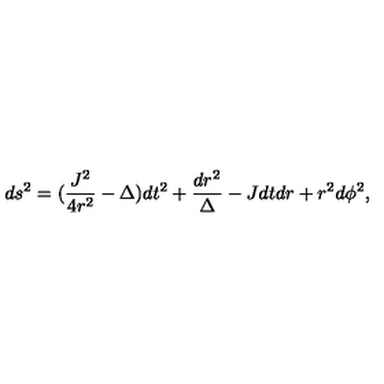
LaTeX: d s ^ { 2 } = ( \frac { J ^ { 2 } } { 4 r ^ { 2 } } - \Delta ) d t ^ { 2 } + \frac { d r ^ { 2 } } { \Delta } - J d t d r + r ^ { 2 } d \phi ^ { 2 } ,